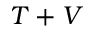
T + V